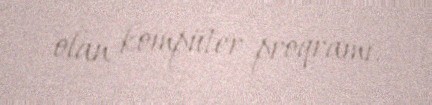
olan kompüter proqramı.